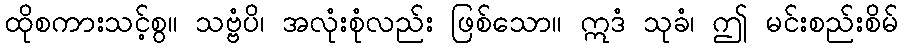
ထိုစကားသင့်စွ။ သဗ္ဗံပိ၊ အလုံးစုံလည်း ဖြစ်သော။ ဣဒံ သုခံ၊ ဤ မင်းစည်းစိမ်